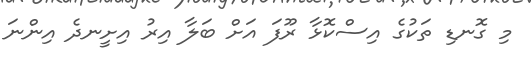
މި ގޮނޑި ތަކުގެ އިސްކޮޅާ ރޫފަ އަށް ބަލާ އިރު އިށީނދެ އިންނަ